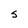
Character: S